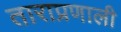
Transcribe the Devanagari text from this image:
ताराप्रणाली